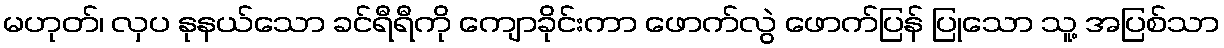
မဟုတ်၊ လှပ နုနယ်သော ခင်ရီရီကို ကျောခိုင်းကာ ဖောက်လွဲ ဖောက်ပြန် ပြုသော သူ့ အပြစ်သာ